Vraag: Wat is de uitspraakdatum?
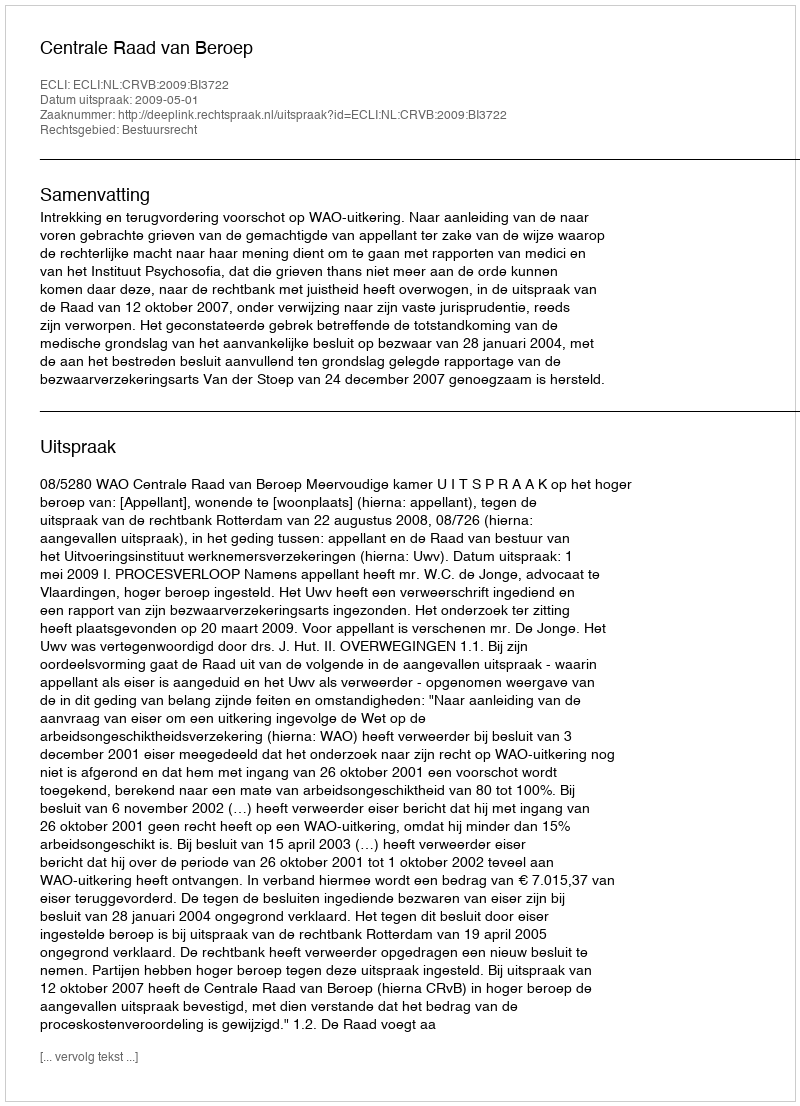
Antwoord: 2009-05-01